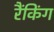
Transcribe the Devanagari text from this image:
रैंकिंग